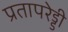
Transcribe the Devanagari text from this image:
प्रतापरेड्डी